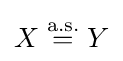
X\;{\stackrel {\text{a.s.}}{=}}\;Y